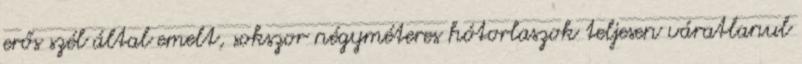
erős szél által emelt, sokszor négyméteres hótorlaszok teljesen váratlanul